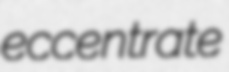
eccentrate